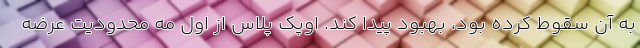
به آن سقوط کرده بود، بهبود پیدا کند. اوپک پلاس از اول مه محدودیت عرضه